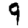
Digit: 9